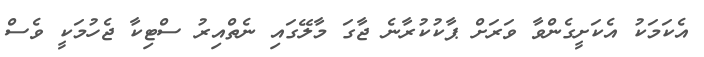
އެކަމަކު އެކަށީގެންވާ ވަރަށް ޕާކުކުރާނެ ޖާގަ މާލޭގައި ނެތްއިރު ސްޓިކާ ޖެހުމަކީ ވެސް